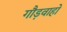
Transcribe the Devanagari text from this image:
गौड़वाहो